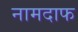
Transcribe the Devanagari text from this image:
नामदाफ